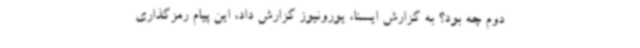
دوم چه بود؟ به گزارش ایسنا، یورونیوز گزارش داد، این پیام رمزگذاری